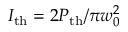
I _ { \mathrm { t h } } = 2 P _ { \mathrm { t h } } / \pi w _ { 0 } ^ { 2 }